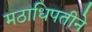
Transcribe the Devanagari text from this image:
मठाधिपतीने